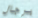
برجال